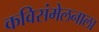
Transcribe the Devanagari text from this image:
कविसंमेलनाला